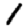
Digit: 1